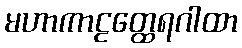
မဟာကာဠတ္ထေရဂါထာ